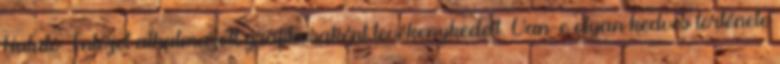
Kutató Intézet alkalmazott grafikusaként tevékenykedett. Van-e olyan kedves története